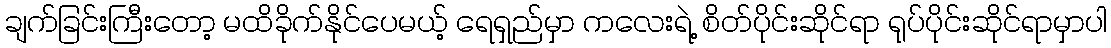
ချက်ခြင်းကြီးတော့ မထိခိုက်နိုင်ပေမယ့် ရေရှည်မှာ ကလေးရဲ့ စိတ်ပိုင်းဆိုင်ရာ ရုပ်ပိုင်းဆိုင်ရာမှာပါ